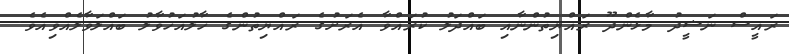
ރައީސް ނަޝީދު މާޅެންދޫ ރައްޔިތުންނާއި ބައްދަލު ކުރައްވާ އެރަށުގެ ރައްޔިތުންގެ ހާލުއަހުވާލު ބައްލަވާލެއްވިއެވެ.